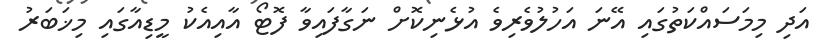
އަދި މިމަސައްކަތުގައި އޭނަ އަހުލުވެރިވެ އުޅެނިކޮށް ނަގާފައިވާ ފޮޓޯ އާއިއެކު މީޑިއާގައި މިޚަބަރު